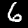
Label: 6